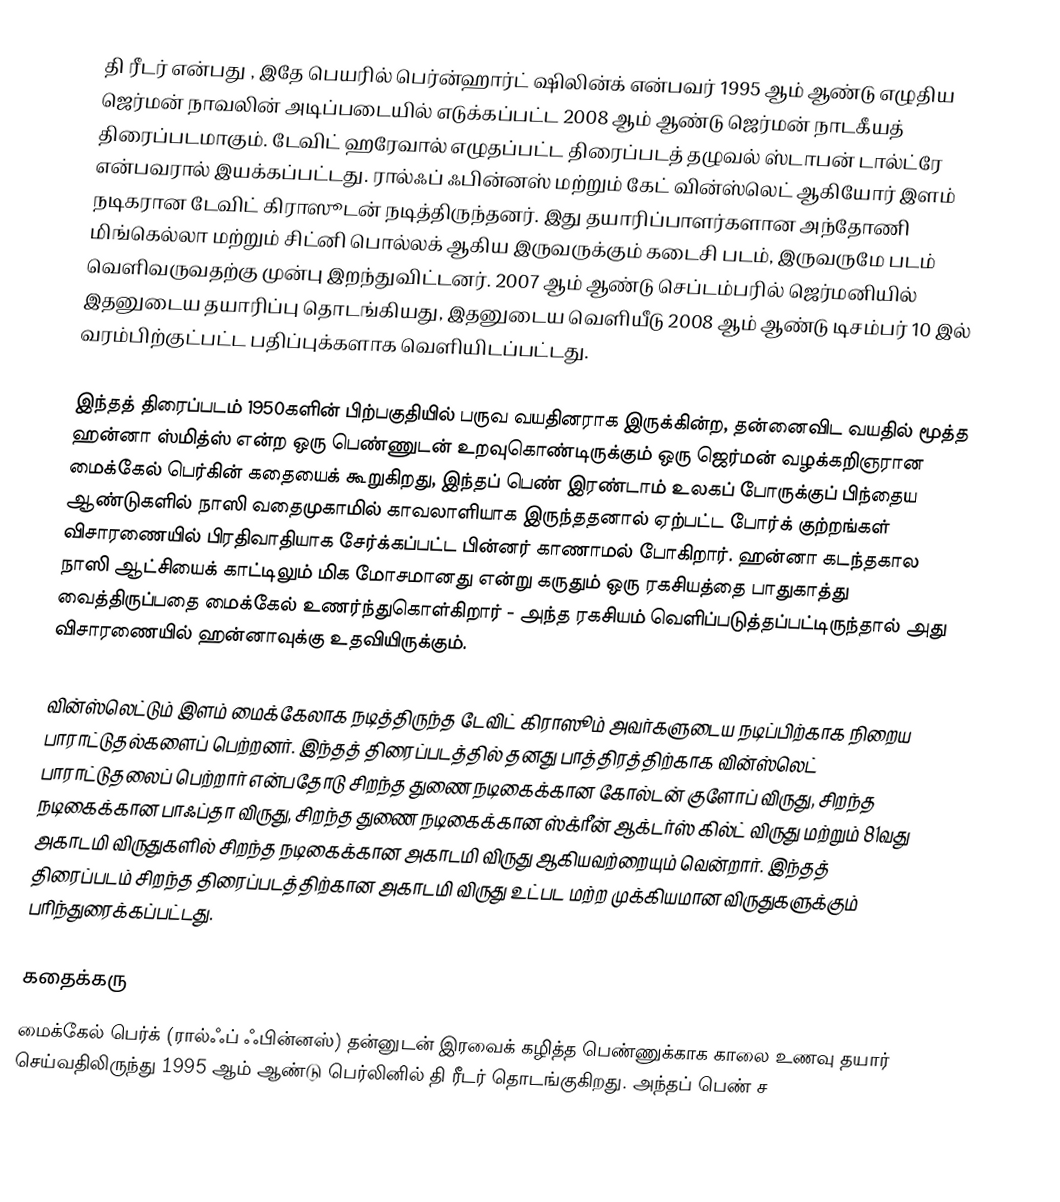
தி ரீடர்  என்பது , இதே பெயரில் பெர்ன்ஹார்ட் ஷிலின்க் என்பவர் 1995 ஆம் ஆண்டு எழுதிய ஜெர்மன் நாவலின் அடிப்படையில் எடுக்கப்பட்ட 2008 ஆம் ஆண்டு ஜெர்மன் நாடகீயத் திரைப்படமாகும். டேவிட் ஹரேவால் எழுதப்பட்ட திரைப்படத் தழுவல் ஸ்டாபன் டால்ட்ரே என்பவரால் இயக்கப்பட்டது. ரால்ஃப் ஃபின்னஸ் மற்றும் கேட் வின்ஸ்லெட் ஆகியோர் இளம் நடிகரான டேவிட் கிராஸூடன் நடித்திருந்தனர். இது தயாரிப்பாளர்களான அந்தோணி மிங்கெல்லா மற்றும் சிட்னி பொல்லக் ஆகிய இருவருக்கும் கடைசி படம், இருவருமே படம் வெளிவருவதற்கு முன்பு இறந்துவிட்டனர். 2007 ஆம் ஆண்டு செப்டம்பரில் ஜெர்மனியில் இதனுடைய தயாரிப்பு தொடங்கியது, இதனுடைய வெளியீடு 2008 ஆம் ஆண்டு டிசம்பர் 10 இல் வரம்பிற்குட்பட்ட பதிப்புக்களாக வெளியிடப்பட்டது.

இந்தத் திரைப்படம் 1950களின் பிற்பகுதியில் பருவ வயதினராக இருக்கின்ற, தன்னைவிட வயதில் மூத்த ஹன்னா ஸ்மித்ஸ் என்ற ஒரு பெண்ணுடன் உறவுகொண்டிருக்கும் ஒரு ஜெர்மன் வழக்கறிஞரான மைக்கேல் பெர்கின் கதையைக் கூறுகிறது, இந்தப் பெண் இரண்டாம் உலகப் போருக்குப் பிந்தைய ஆண்டுகளில் நாஸி வதைமுகாமில் காவலாளியாக இருந்ததனால் ஏற்பட்ட போர்க் குற்றங்கள் விசாரணையில் பிரதிவாதியாக சேர்க்கப்பட்ட பின்னர் காணாமல் போகிறார். ஹன்னா கடந்தகால நாஸி ஆட்சியைக் காட்டிலும் மிக மோசமானது என்று கருதும் ஒரு ரகசியத்தை பாதுகாத்து வைத்திருப்பதை மைக்கேல் உணர்ந்துகொள்கிறார் - அந்த ரகசியம் வெளிப்படுத்தப்பட்டிருந்தால் அது விசாரணையில் ஹன்னாவுக்கு உதவியிருக்கும்.

வின்ஸ்லெட்டும் இளம் மைக்கேலாக நடித்திருந்த டேவிட் கிராஸூம் அவர்களுடைய நடிப்பிற்காக நிறைய பாராட்டுதல்களைப் பெற்றனர். இந்தத் திரைப்படத்தில் தனது பாத்திரத்திற்காக வின்ஸ்லெட் பாராட்டுதலைப் பெற்றார் என்பதோடு சிறந்த துணை நடிகைக்கான கோல்டன் குளோப் விருது, சிறந்த நடிகைக்கான பாஃப்தா விருது, சிறந்த துணை நடிகைக்கான ஸ்க்ரீன் ஆக்டர்ஸ் கில்ட் விருது மற்றும் 81வது அகாடமி விருதுகளில் சிறந்த நடிகைக்கான அகாடமி விருது ஆகியவற்றையும் வென்றார். இந்தத் திரைப்படம் சிறந்த திரைப்படத்திற்கான அகாடமி விருது உட்பட மற்ற முக்கியமான விருதுகளுக்கும் பரிந்துரைக்கப்பட்டது.

கதைக்கரு
மைக்கேல் பெர்க் (ரால்ஃப் ஃபின்னஸ்) தன்னுடன் இரவைக் கழித்த பெண்ணுக்காக காலை உணவு தயார் செய்வதிலிருந்து 1995 ஆம் ஆண்டு பெர்லினில் தி ரீடர் தொடங்குகிறது. அந்தப் பெண் ச